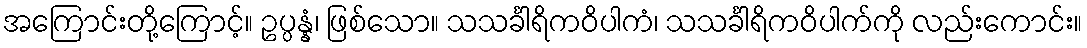
အကြောင်းတို့ကြောင့်။ ဥပ္ပန္နံ၊ ဖြစ်သော။ သသင်္ခါရိကဝိပါကံ၊ သသင်္ခါရိကဝိပါက်ကို လည်းကောင်း။